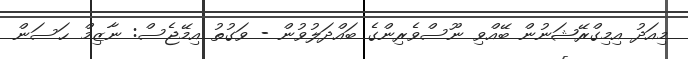
މިއަދު އިމިގްރޭޝަނުން ބޭއްވި ނޫސްވެރިންގެ ބައްދަލުވުން - ވަގުތު އިމޭޖެސް: ނާޒިމް ޙަސަން